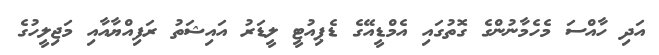
އަދި ހާއްސަ މެހެމާނުންގެ ގޮތުގައި އެމްޑީއޭގެ ޑެޕިއުޓީ ލީޑަރު އައިޝަތު ރަފިއްޔާއާއި މަޖިލީހުގެ